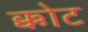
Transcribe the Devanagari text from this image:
क्कोट